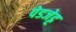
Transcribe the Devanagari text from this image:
पेडजेट्ट